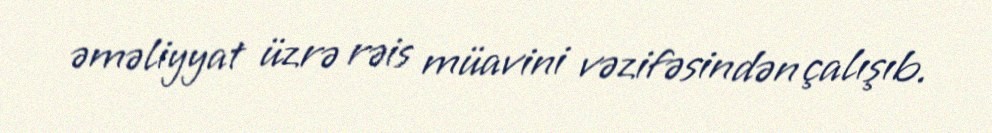
əməliyyat üzrə rəis müavini vəzifəsindən çalışıb.